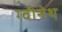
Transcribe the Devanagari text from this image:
ग्वीनेथ